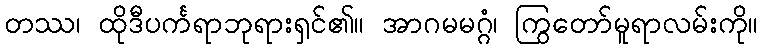
တဿ၊ ထိုဒီပင်္ကရာဘုရားရှင်၏။ အာဂမမဂ္ဂံ၊ ကြွတော်မူရာလမ်းကို။